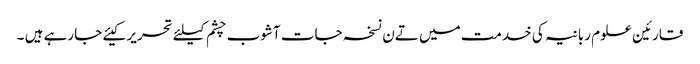
قارئین علوم ربانیہ کی خدمت میں تےن نسخہ جات آشوب چشم کیلئے تحریر کیئے جارہے ہیں ۔